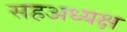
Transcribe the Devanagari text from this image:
सहअध्यक्ष